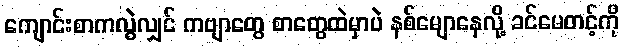
ကျောင်းစာကလွဲလျှင် ကဗျာတွေ စာတွေထဲမှာပဲ နစ်မျောနေလို့ ခင်မေတင့်ကို